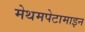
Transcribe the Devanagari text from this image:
मेथमपेटामाइन